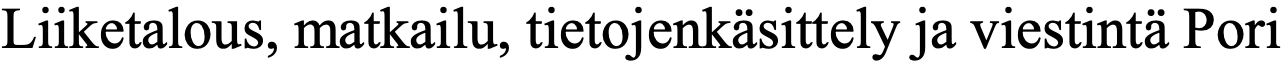
Liiketalous, matkailu, tietojenkäsittely ja viestintä Pori